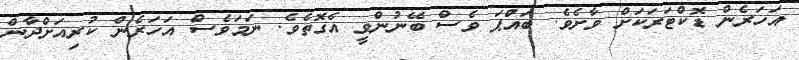
އަހަރެން ޑޮކްޓަރަކަށް ވާށެވެ. ބައްޕަ ވެސް ބޭނުންވީ އެގޮތެވެ. ނަމަވެސް އަހަރެން ކުރިއަށްދާން